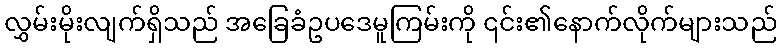
လွှမ်းမိုးလျက်ရှိသည် အခြေခံဥပဒေမူကြမ်းကို ၎င်း၏နောက်လိုက်များသည်